Eesti_Noorsoo_Kasvatuse_Selts, lk 27
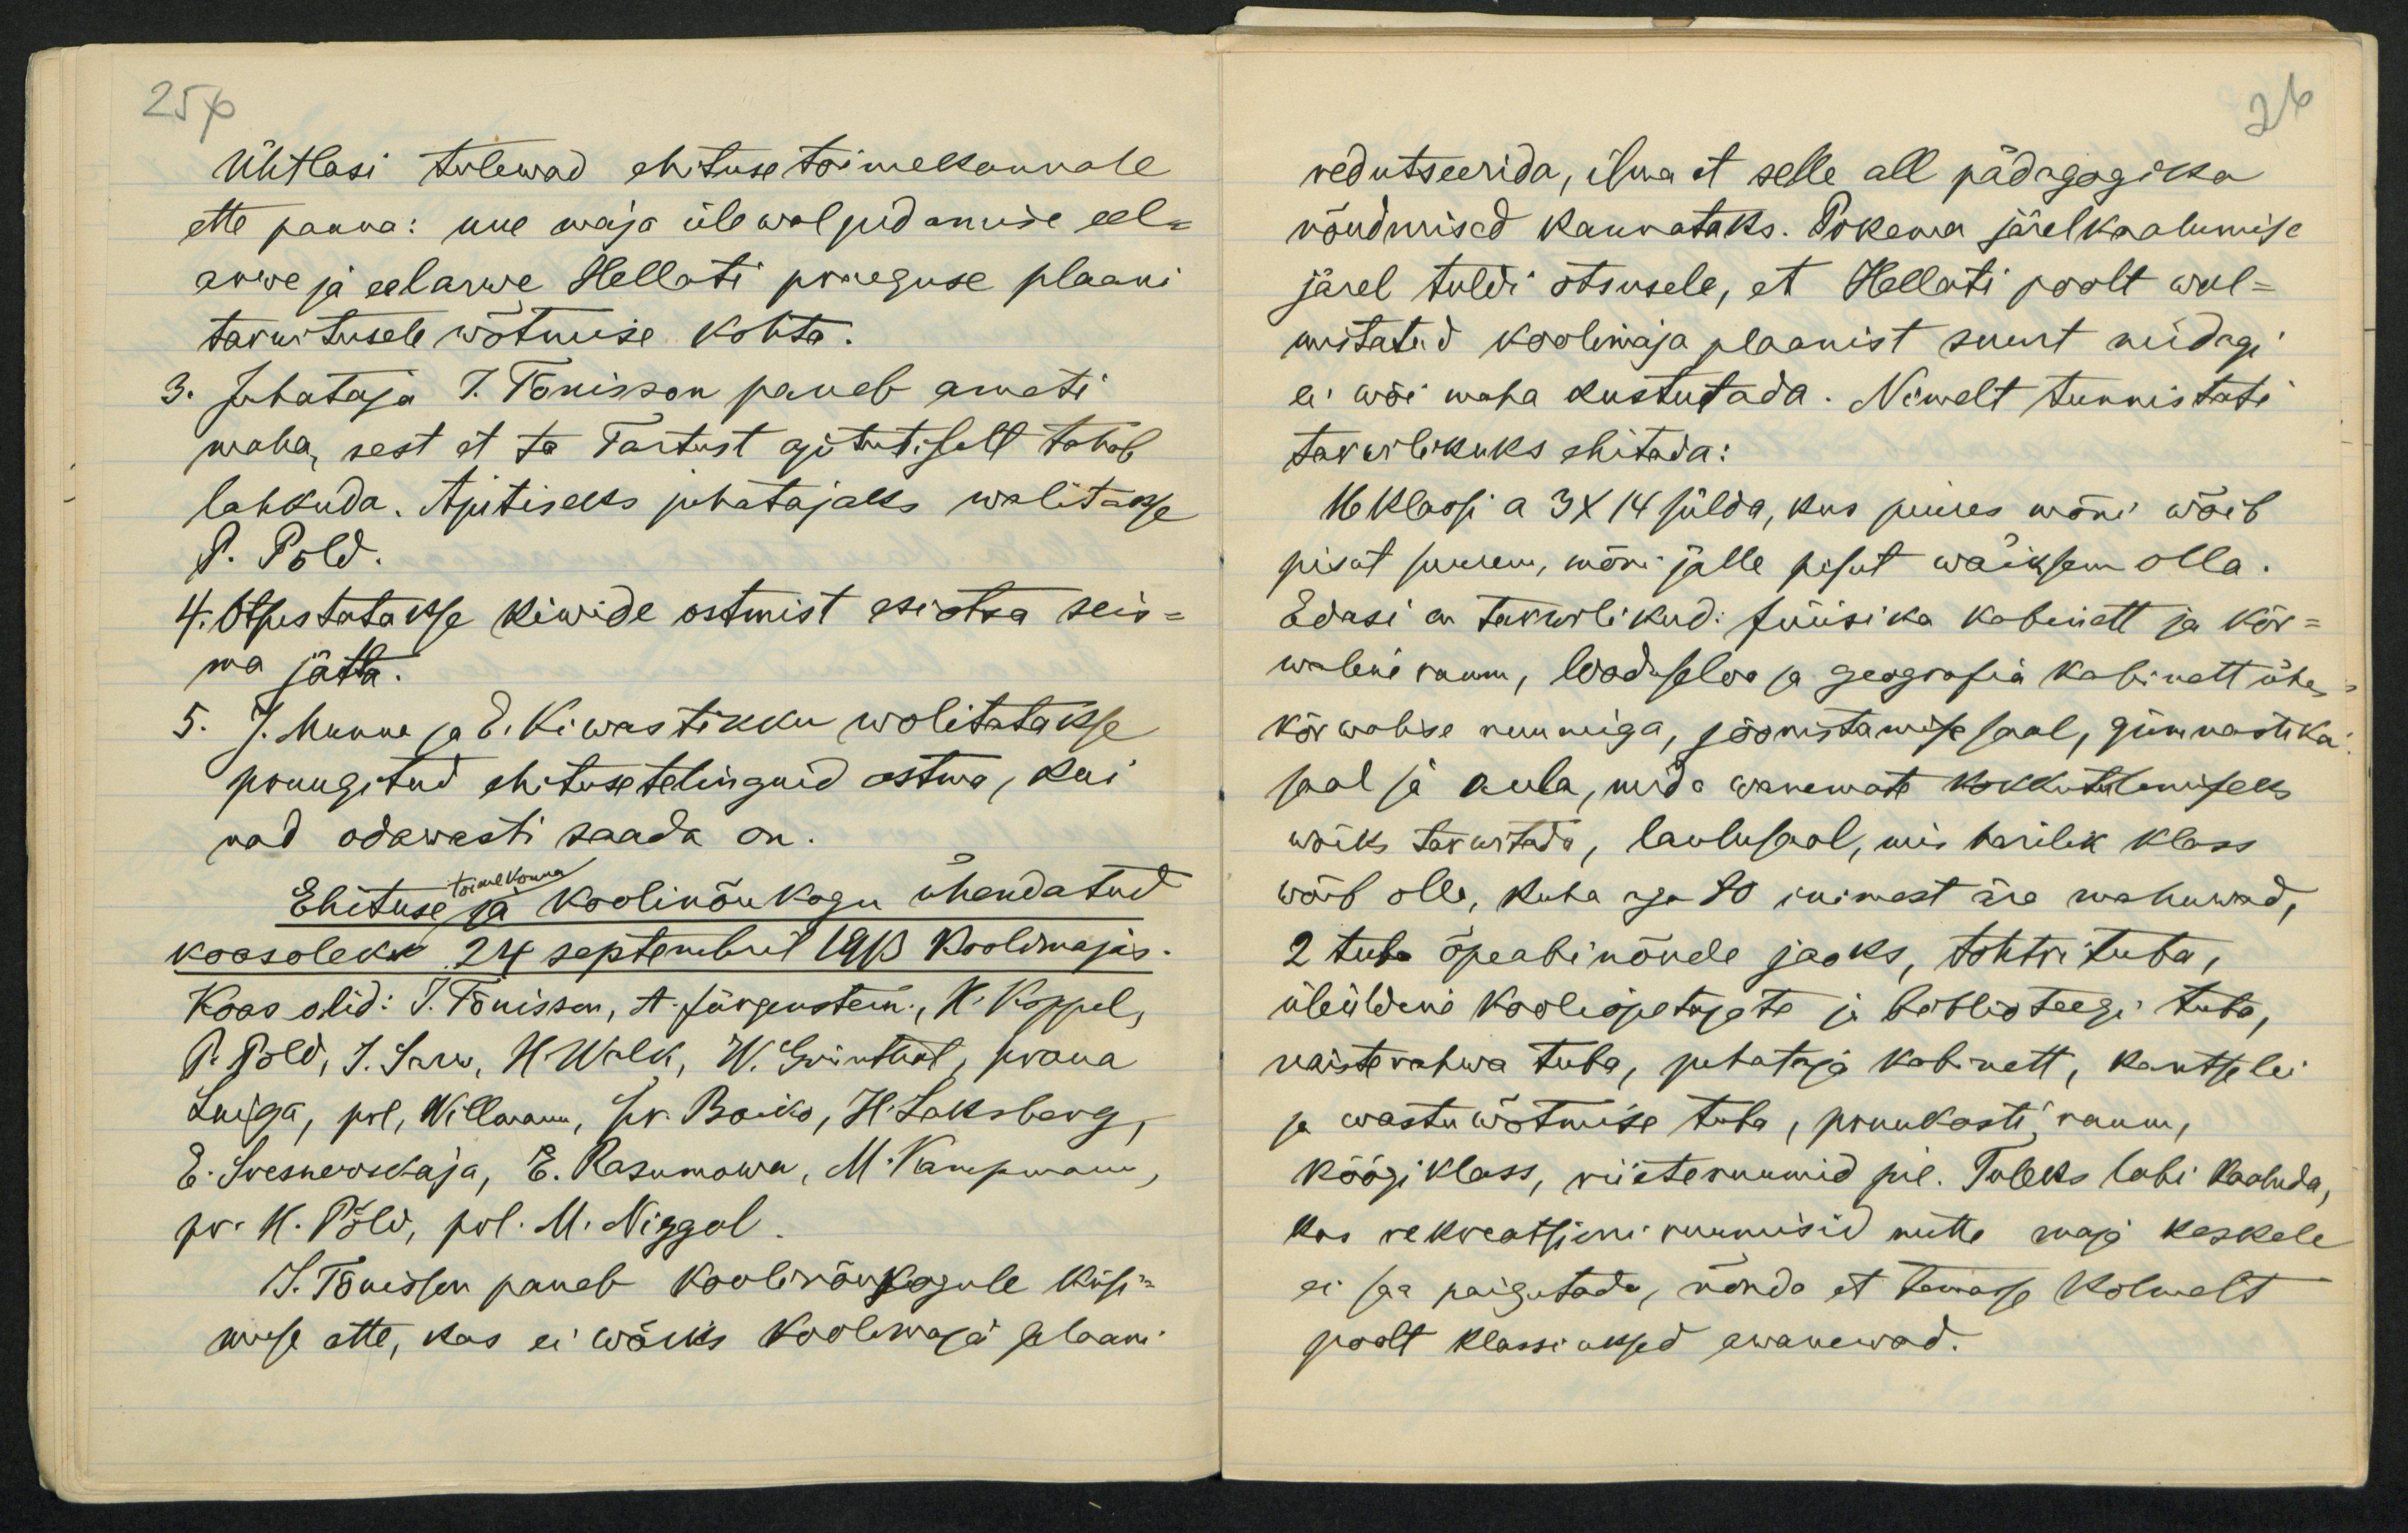
25p
Ühtlasi tulewad ehitusetoimekonnale
ette panna: uue maja ülewalpidamise eel-
arwe ja eelarwe Hellati praeguse plaani
tarwitusele wõtmise kohta.
3. Juhataja J. Tõnisson paneb ameti
maha, sest et ta Tartust ajututiselt tahab
lahkuda. Ajutiseks juhatajaks walitakse
P. Põld.
4. Otsustatakse kiwide ostmist esiotsa seis-
ma jätta.
5. J. Munna ja E. Kiwastikku wolitatakse
pruugitud ehitusetelinguid ostma, kui
nad odawasti saada on.
toimekonna
Ehituse ja koolinõukogu ühendatud
koosolekk 24 septembril 1910 koolimajas.
Koos olid: J. Tõnisson, A. Jürgenstein, H. Koppel,
P. Põld, J. Sarw, H. Walk, W. Grünthal, proua
Luiga, prl, Willmann, hr. Boiko, H. Laksberg,
E. Svesnewschaja, E. Rasumowa, M. Kampmann,
pr. H. Põld, prl. M. Niggol.
J. Tõnisson paneb koolinõukogule küsi-
muse ette, kas ei wõiks koolimaja plaani

26
redutseerida, ilma et selle all pädagogika
nõudmised kannataks. Pikema järelkaalumise
järel tuldi otsusele, et Hellati poolt wal-
mistatud koolimaja plaanist suurt midagi
ei wõi maha kustutada. Nimelt tunnistati
tarwilikuks ehitada:
16 klassi a 3x14 sülda, kus juures mõni wõib
pisut suurem, mõni jälle pisut wäiksem olla.
Edasi on tarwilikud: füüsika kabinett ja kõr-
waline ruum, looduseloo ja geografia kabinett ühes
kõrwalise ruumiga, joonistamise saal, gümnastika
saal ja aula, mida wanemate kokkutulemiseks
wõiks tarwitada, laulusaal, mis harilik klass
võib olla, kuha aga 80 inimest ära mahuwad,
2 tuba õpeabinõude jaoks, tohtri tuba,
üleüldine kooliõpetajate ja biblioteegi tuba,
naisterahwa tuba, juhataja kabinett, kantselei
ja wastuwõtmise tuba, pruukosti raum,
köögi klass, riieteruumid jne. Tuleks labi kaaluda,
kas rekreatsieni ruumisid mitte maja keskele
ei saa paigutada, nõnda et temasse kolmelt
poolt klassi uksed awanewad.